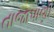
તાજાપાણી